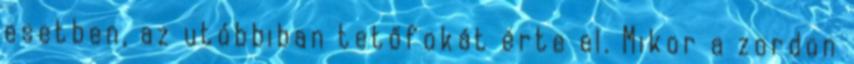
esetben, az utóbbiban tetőfokát érte el. Mikor a zordon